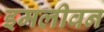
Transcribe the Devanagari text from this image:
इमलीवन